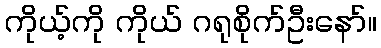
ကိုယ့်ကို ကိုယ် ဂရုစိုက်ဦးနော်။